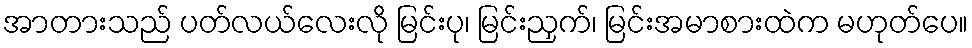
အာတားသည် ပတ်လယ်လေးလို မြင်းပု၊ မြင်းညှက်၊ မြင်းအမာစားထဲက မဟုတ်ပေ။